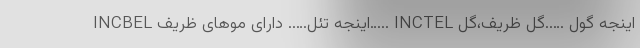
INCBEL اینجه تئل….. دارای موهای ظریف….. INCTEL اینجه گول …..گل ظریف،گل